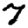
Digit: 7